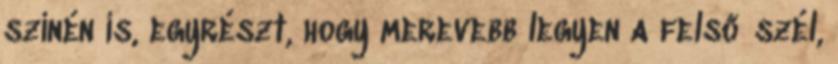
színén is, egyrészt, hogy merevebb legyen a felső szél,